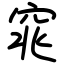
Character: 窕